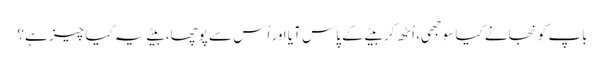
باپ کو نجانے کیا سوجھی، اْٹھ کر بیٹے کے پاس آیا اور اْس سے پوچھا، بیٹے یہ کیا چیز ہے؟